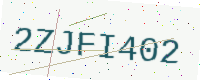
Text: 2ZJFI402